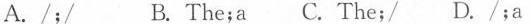
A. /;/ B. The;a C. The;/ D. /;a